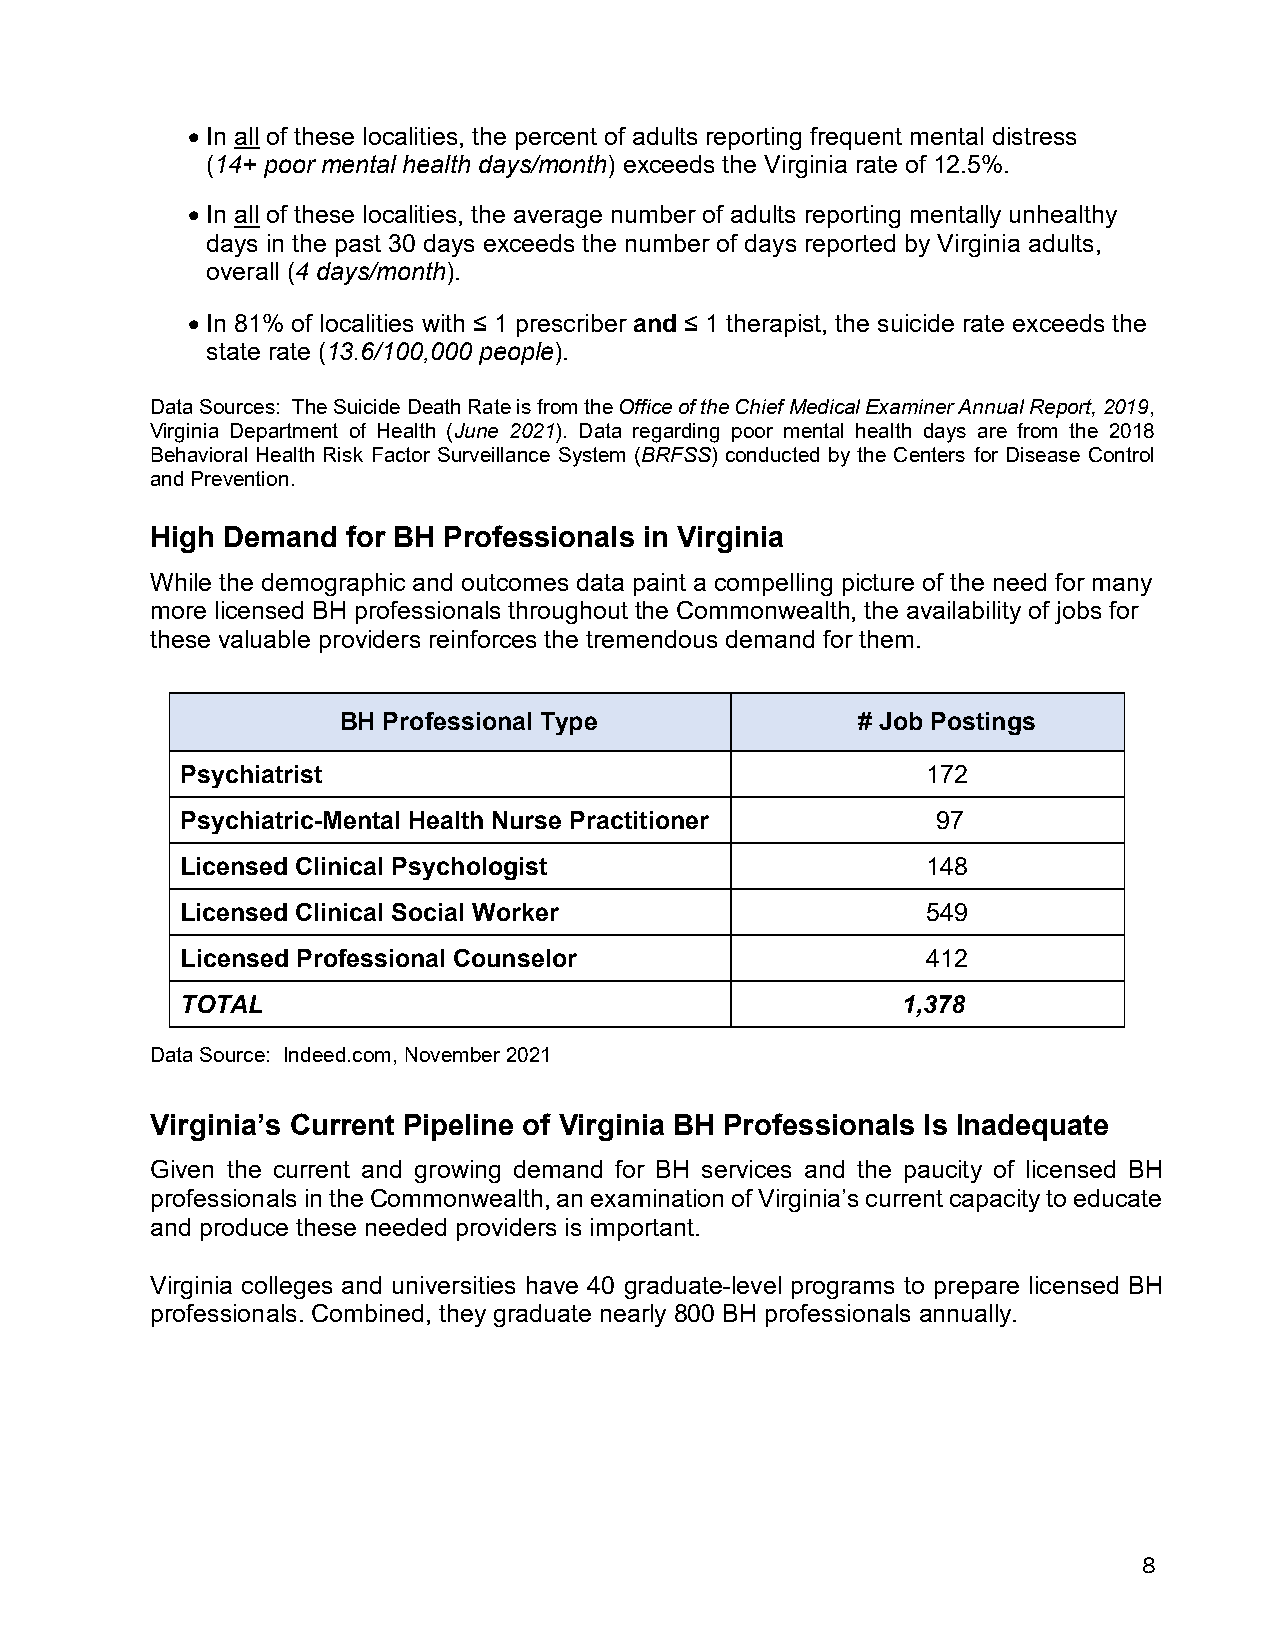
• In all of these localities, the percent of adults reporting frequent mental distress
 (14+ poor mental health days/month) exceeds the Virginia rate of 12.5%.
 • In all of these localities, the average number of adults reporting mentally unhealthy
 days in the past 30 days exceeds the number of days reported by Virginia adults,
 overall (4 days/month).
 • In 81% of localities with ≤ 1 prescriber and ≤ 1 therapist, the suicide rate exceeds the
 state rate (13.6/100,000 people).
 Data Sources: The Suicide Death Rate is from the Office of the Chief Medical Examiner Annual Report, 2019,
 Virginia Department of Health (June 2021). Data regarding poor mental health days are from the 2018
 Behavioral Health Risk Factor Surveillance System (BRFSS) conducted by the Centers for Disease Control
 and Prevention.
 High Demand  for BH Professionals in Virginia
 While the demographic and outcomes data paint a compelling picture of the need for many
 more licensed BH professionals throughout the Commonwealth, the availability of jobs for
 these valuable providers reinforces the tremendous demand for them.
 BH Professional Type               # Job Postings
 Psychiatrist                                     172
 Psychiatric-Mental Health Nurse Practitioner      97
 Licensed Clinical Psychologist                   148
 Licensed Clinical Social Worker                  549
 Licensed Professional Counselor                  412
 TOTAL                                           1,378
 Data Source: Indeed.com, November 2021
 Virginia’s Current Pipeline of Virginia BH Professionals Is Inadequate
 Given the current and growing demand for BH services and the paucity of licensed BH
 professionals in the Commonwealth, an examination of Virginia’s current capacity to educate
 and produce these needed providers is important.
 Virginia colleges and universities have 40 graduate-level programs to prepare licensed BH
 professionals. Combined, they graduate nearly 800 BH professionals annually.
 8